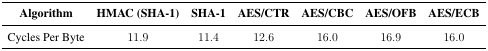
| Algorithm | HMAC (SHA-1) | SHA-1 | AES/CTR | AES/CBC | AES/OFB | AES/ECB |
 | --- | --- | --- | --- | --- | --- | --- |
 | Cycles Per Byte | 11.9 | 11.4 | 12.6 | 16.0 | 16.9 | 16.0 |